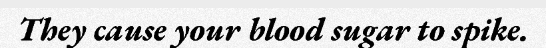
They cause your blood sugar to spike.